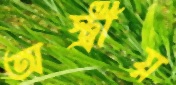
অস্ট্রীয়